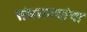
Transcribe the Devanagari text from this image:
संघराज्यांचा